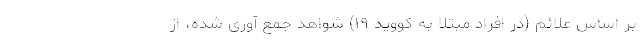
بر اساس علائم (در افراد مبتلا به کووید ۱۹) شواهد جمع آوری شده، از